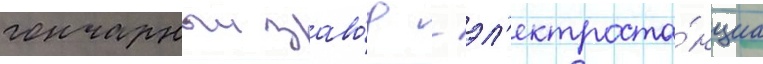
гончарныи заво́д / эл'ектроста́нциа